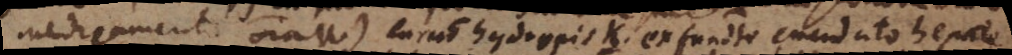
medicamento omnia u). Curatio hydropis K. ex fundamento emendato hepate